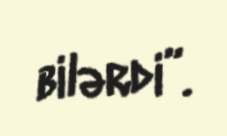
bilərdi”.